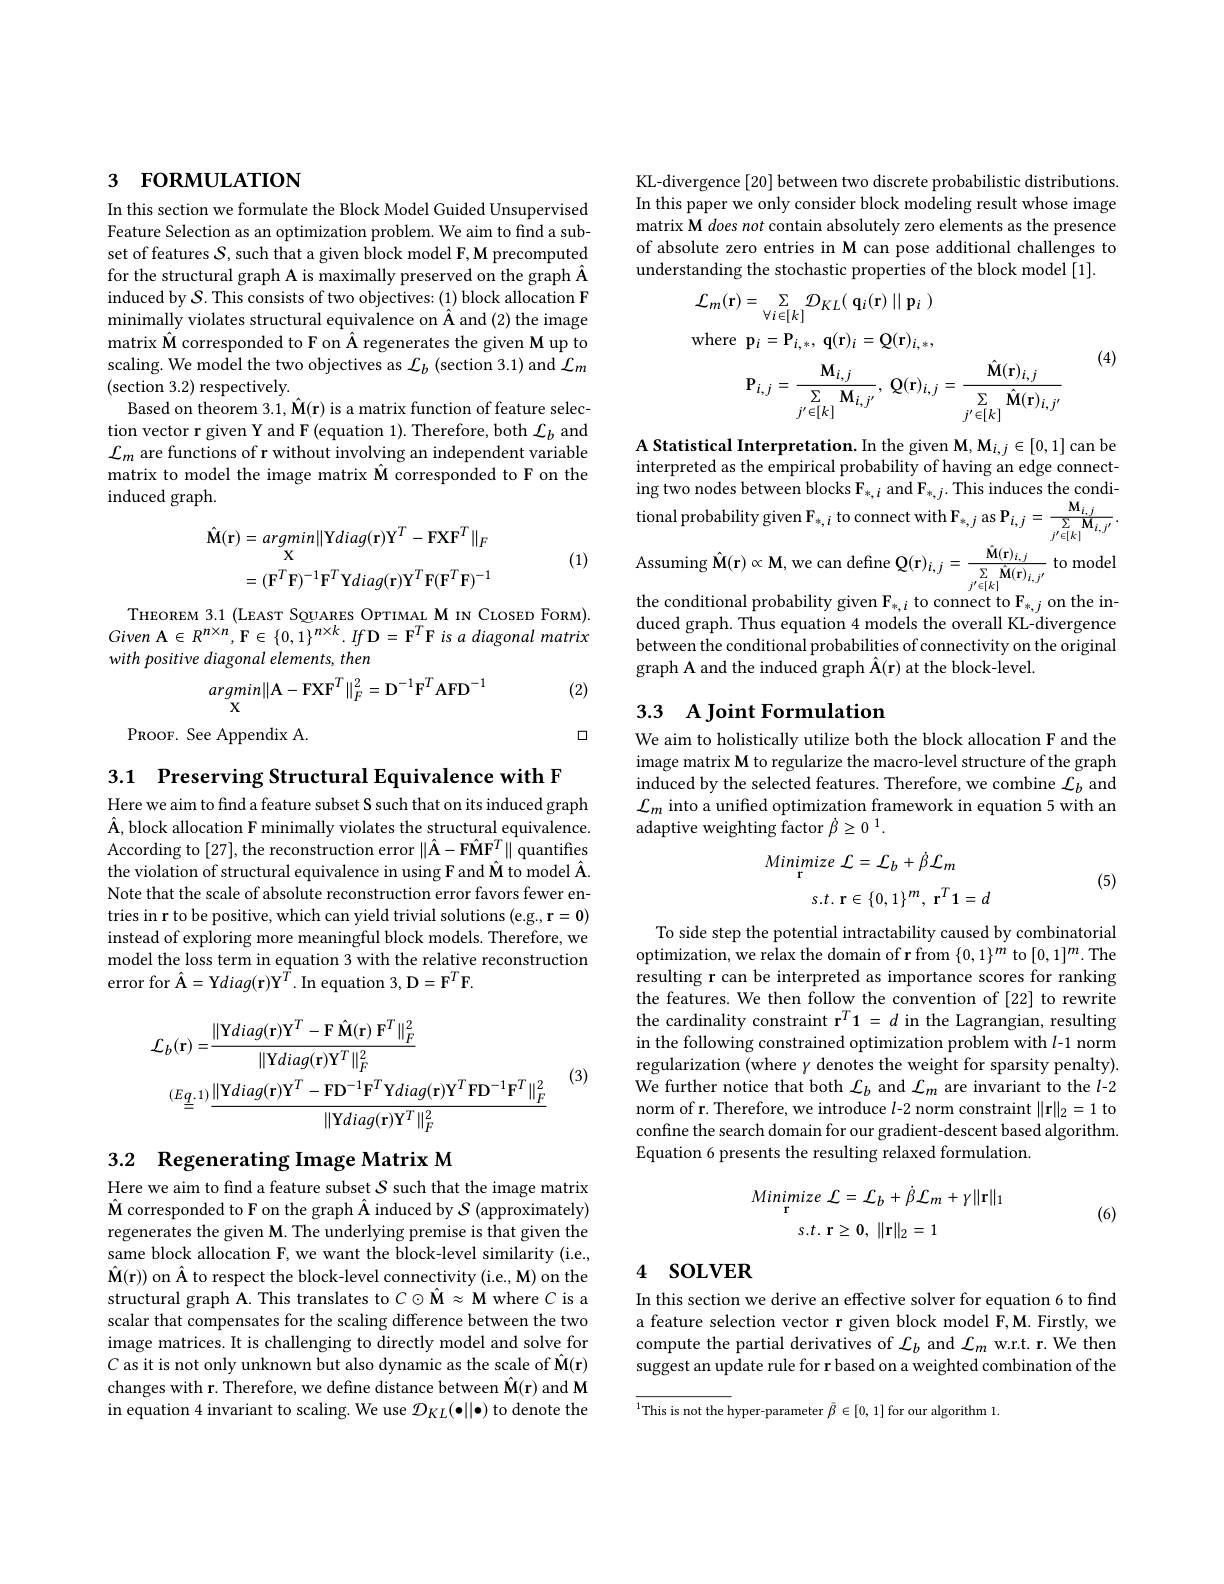
## 3 FORMULATION

In this section we formulate the Block Model Guided Unsupervised Feature Selection as an optimization problem. We aim to find a subset of features $S$, such that a given block model F, M precomputed for the structural graph A is maximally preserved on the graph Â induced by $\mathcal{S}.$ This consists of two objectives: (1) block allocation F minimally violates structural equivalence on Â and (2) the image matrix Â corresponded to F on Â regenerates the given M up to scaling. We model the two objectives as $\mathcal{L}_b$ (section 3.1) and $\mathcal{L}_m$ (section 3.2) respectively.
Based on theorem 3.1, $\hat{\mathbf{M}}(\mathbf{r})$ is a matrix function of feature selection vector r given Y and F (equation 1). Therefore, both $\mathcal{L}_b$ and $\mathcal{L}_m$ are functions of r without involving an independent variable matrix to model the image matrix Â corresponded to F on the induced graph.
$$\begin{aligned}\hat{\mathbf{M}}(\mathbf{r})&=argmin\|\mathrm{Y}diag(\mathbf{r})\mathrm{Y}^{T}-\mathrm{FXF}^{T}\|_{F}\\&=(\mathbf{F}^{T}\mathbf{F})^{-1}\mathbf{F}^{T}\mathbf{Y}diag(\mathbf{r})\mathbf{Y}^{T}\mathbf{F}(\mathbf{F}^{T}\mathbf{F})^{-1}\end{aligned}$$
(1)

THEOREM 3.1 (LEAST SQUARES OPTIMAL M IN CIOSED FORM). Given A$\in R^{n\times n},\mathbf{F}\in\{0,1\}^{n\times k}.If\mathbf{D}=\mathbf{F}^{T}\mathbf{F}$ is $a$ diagonal matrix with positive diagonal elements, then

(2)
$$\begin{matrix}argmin\|\mathbf{A}-\mathbf{F}\mathbf{X}\mathbf{F}^{T}\|_{F}^{2}=\mathbf{D}^{-1}\mathbf{F}^{T}\mathbf{A}\mathbf{F}\mathbf{D}^{-1}\end{matrix}$$
口

PROOF. See Appendix A.

3.1 Preserving Structural Equivalence with F

Here we aim to find a feature subset S such that on its induced graph $\hat{\mathbf{A}}$, block allocation F minimally violates the structural equivalence. According to [27],the reconstruction error $\|\hat{\mathbf{A}}-\hat{\mathbf{FMF}}^{T}\|$ quantifes the violation of structural equivalence in using F and $\hat{\mathbf{M}}$ to model Â Note that the scale of absolute reconstruction error favors fewer entries in r to be positive, which can yield trivial solutions (e.g., r=0) instead of exploring more meaningful block models. Therefore, we model the loss term in equation 3 with the relative reconstruction error for $\hat{\mathbf{A}}=$Y$diag(\mathbf{r})\mathbf{Y}^{T}.$In equation 3, D$=\mathbf{F}^{T}\mathbf{F}.$
$$\begin{aligned}\mathcal{L}_{b}(\mathbf{r})=&\frac{\|\mathbf{Y}diag(\mathbf{r})\mathbf{Y}^{T}-\mathbf{F}\:\hat{\mathbf{M}}(\mathbf{r})\:\mathbf{F}^{T}\|_{F}^{2}}{\|\mathbf{Y}diag(\mathbf{r})\mathbf{Y}^{T}\|_{F}^{2}}\\&\stackrel{(Eq.1)}{=}\frac{\|\mathbf{Y}diag(\mathbf{r})\mathbf{Y}^{T}-\mathbf{F}\mathbf{D}^{-1}\mathbf{F}^{T}\mathbf{Y}diag(\mathbf{r})\mathbf{Y}^{T}\mathbf{F}\mathbf{D}^{-1}\mathbf{F}^{T}\|_{F}^{2}}{\|\mathbf{Y}diag(\mathbf{r})\mathbf{Y}^{T}\|_{F}^{2}}\end{aligned}$$
(3)

## 3.2 Regenerating Image Matrix M

Here we aim to find a feature subset $S$ such that the image matrix $\hat{\mathbf{M}}$ corresponded to F on the graph Â induced by $\mathcal S$ (approximately) regenerates the given M. The underlying premise is that given the same block allocation F, we want the block-level similarity (i.e., $\hat{\mathbf{M}}(\mathbf{r}))$ on Â to respect the block-level connectivity (i.e., M) on the structural graph A. This translates to $C\odot\hat{\mathbf{M}}\approx\mathbf{M}$ where $C$ is a scalar that compensates for the scaling difference between the two image matrices. It is challenging to directly model and solve for $C$ as it is not only unknown but also dynamic as the scale of $\hat{\mathbf{M}}(\mathbf{r})$ changes with r. Therefore, we define distance between $\hat{\mathbf{M}}(\mathbf{r})$ and M in equation 4 invariant to scaling. We use $\mathcal{D}_KL(\bullet||\bullet)$ to denote the

KL-divergence [20] between two discrete probabilistic distributions In this paper we only consider block modeling result whose image matrix M does not contain absolutely zero elements as the presence of absolute zero entries in M can pose additional challenges to understanding the stochastic properties of the block model [1].
$$\begin{aligned}&(\mathbf{r})=\sum_{\forall i\in[k]}\mathcal{D}_{KL}(\:\mathbf{q}_{i}(\mathbf{r})\mid\mathbf{p}_{i}\:)\\&\mathrm{re}\:\mathbf{p}_{i}=\mathbf{P}_{i,*},\:\mathbf{q}(\mathbf{r})_{i}=\mathbf{Q}(\mathbf{r})_{i,*},\\&\mathbf{P}_{i,j}=\frac{\mathbf{M}_{i,j}}{\sum_{j^{\prime}\in[k]}\mathbf{M}_{i,j^{\prime}}},\:\mathbf{Q}(\mathbf{r})_{i,j}=\frac{\mathbf{\hat{M}}(\mathbf{r})_{i,j}}{\sum_{j^{\prime}\in[k]}\mathbf{\hat{M}}(\mathbf{r})_{i,j^{\prime}}}\end{aligned}$$
(4)

A Statistical Interpretation. In the given M, M$_i,j\in[0,1]$ can be interpreted as the empirical probability of having an edge connecting two nodes between blocks $\mathcal{F}_*,i$ and F$_*,j.$ This induces the condi- ${\mathrm{tional~probability~given~F}_{*,i}}{\mathrm{~to~connect~with~F}}_{*,j}{\mathrm{~as~P}}_{i,j}={\frac{\mathbf{M}_{i,j}}{\sum_{j^{\prime}\in[k]}\mathbf{M}_{i,j^{\prime}}}{\mathrm{~M}_{i,j^{\prime}}}}$ Assuming $\hat{\mathbf{M}}(\mathbf{r})\propto\mathbf{M}$,we can define Q$(\mathbf{r})_{i,j}=\frac{\hat{\mathbf{M}}(\mathbf{r})_{i,j}}{\sum_{i^{\prime}\in[k]}\hat{\mathbf{M}}(\mathbf{r})_{i,j^{\prime}}}$ to mode the conditional probability given $\mathbf{F}_{*,i}$ to connect to $\mathbf{F}_{*,j}$ on the induced graph. Thus equation 4 models the overall KL-divergence between the conditional probabilities of connectivity on the original graph A and the induced graph Â(r) at the block-level.

## 3.3 A Joint Formulation

We aim to holistically utilize both the block allocation F and the image matrix M to regularize the macro-level structure of the graph induced by the selected features. Therefore, we combine $\mathcal{L}_b$ and $\mathcal{L}_m$ into a unified optimization framework in equation 5 with an adaptive weighting factor $\dot{\beta}\geq0^1.$
$$Minimize\:\mathcal{L}=\mathcal{L}_{b}+\dot{\beta}\mathcal{L}_{m}$$
$$s.t.\:\mathbf{r}\in\{0,1\}^{m},\:\mathbf{r}^{T}\mathbf{1}=d$$
(5)

To side step the potential intractability caused by combinatorial optimization, we relax the domain of r from $\{0,1\}^m$ to $[0,1]^m.$The resulting r can be interpreted as importance scores for ranking the features. We then follow the convention of [22] to rewrite the cardinality constraint r$^T1=d$ in the Lagrangian, resulting in the following constrained optimization problem with $l$-1 norm regularization (where $\gamma$ denotes the weight for sparsity penalty). We further notice that both $\mathcal{L}_b$ and $\mathcal{L}_m$ are invariant to the $l$-2 norm of r. Therefore, we introduce l-2 norm constraint $\|\mathbf{r}\|_2=1$ to confine the search domain for our gradient-descent based algorithm. Equation 6 presents the resulting relaxed formulation.
$$Minimize\:\mathcal{L}=\mathcal{L}_{b}+\dot{\beta}\mathcal{L}_{m}+\gamma\|\mathbf{r}\|_{1}\\s.t.\:\mathbf{r}\geq\mathbf{0},\:\|\mathbf{r}\|_{2}=1$$
(6)

## 4 soLVER

In this section we derive an effective solver for equation 6 to find a feature selection vector r given block model F,M. Firstly, we compute the partial derivatives of $\mathcal{L}_b$ and $\mathcal{L}_m$ w.r.t. r. We then $\hat{\text{suggest an update rule for r based on a weighted combination of the}}$

$^{1}$This is not the hyper-parameter $\bar{\beta}\in[0,1]$ for our algorithm